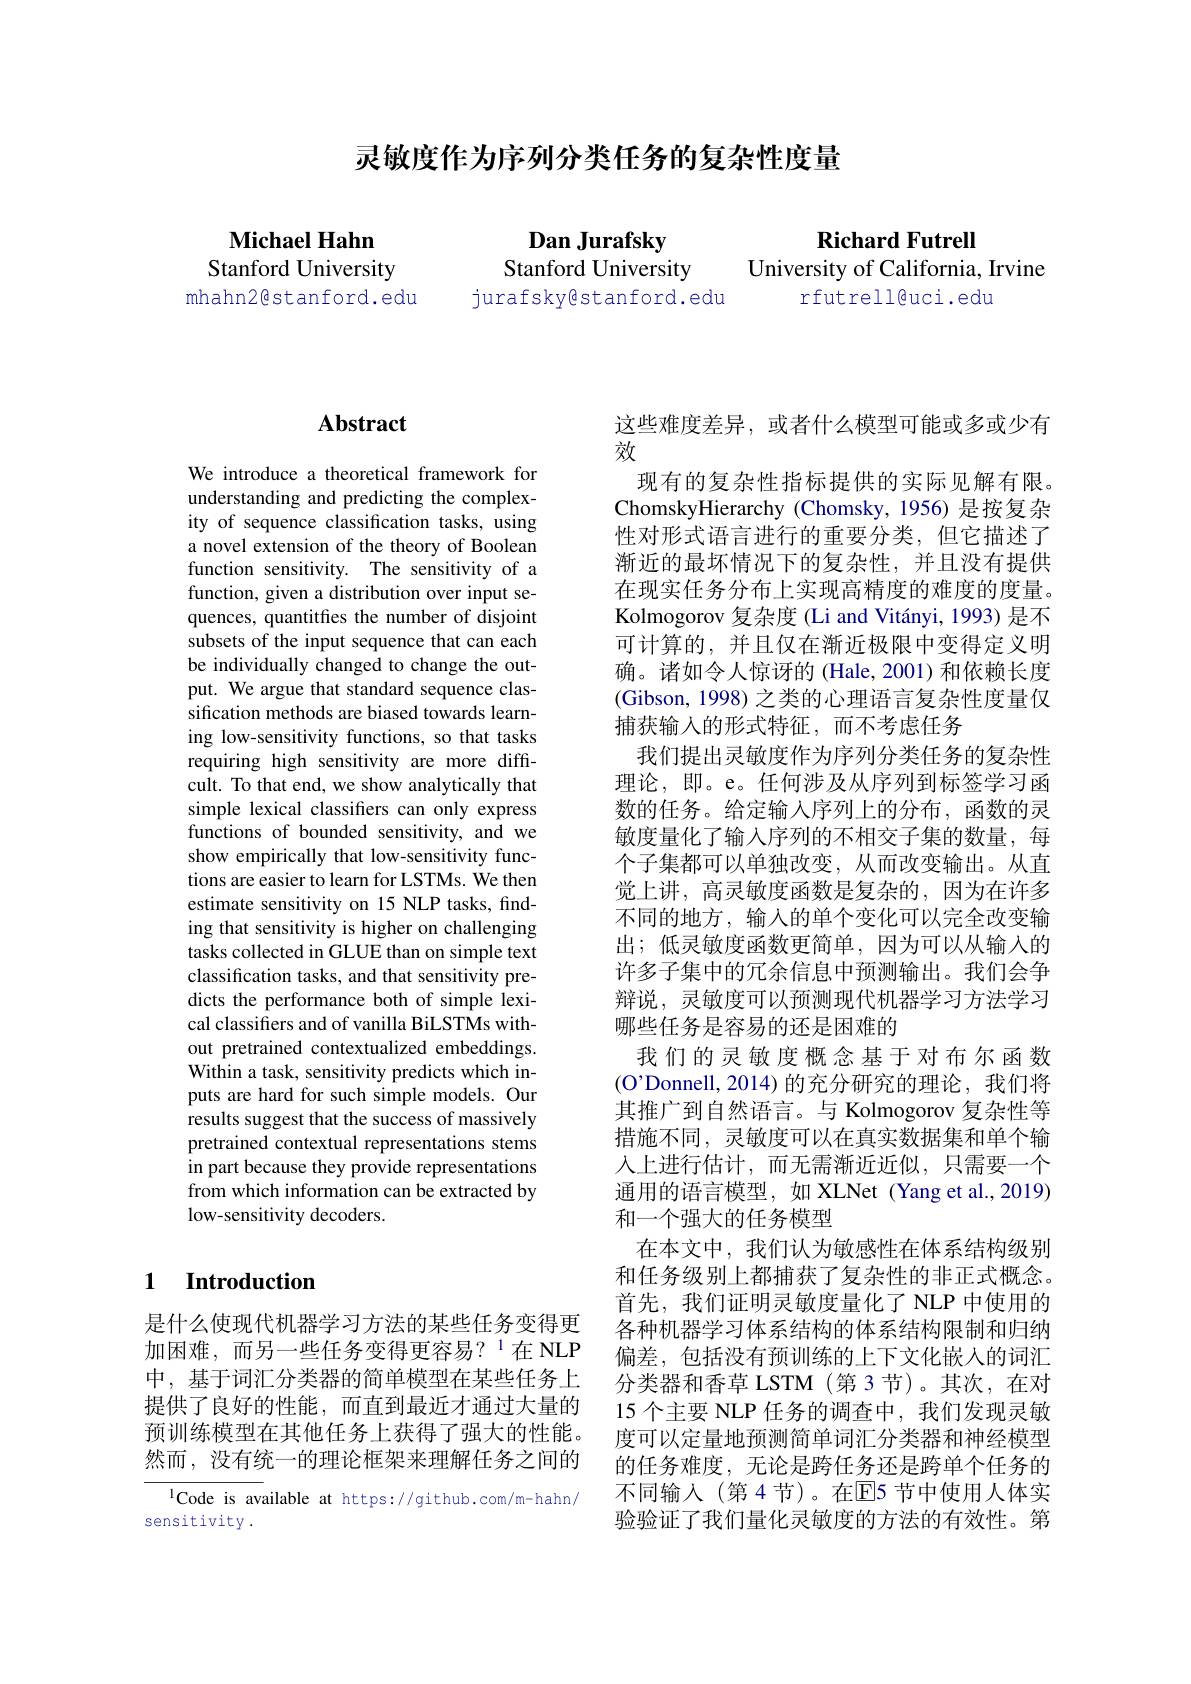
灵敏度作为序列分类任务的复杂性度量

Michael Hahn Stanford University
mhahn2@stanford.edu

Dan Jurafsky
Stanford University
jurafskyêstanford.edu

Richard Futrell

University of California, Irvine

rfutrell@uci.edu

### $\mathbf{Abstract}$

We introduce a theoretical framework for understanding and predicting the complexity of sequence classification tasks, using a novel extension of the theory of Boolean function sensitivity. The sensitivity of a function, given a distribution over input sequences, quantitfes the number of disjoint subsets of the input sequence that can each be individually changed to change the output. We argue that standard sequence classification methods are biased towards learning low-sensitivity functions, so that tasks requiring high sensitivity are more diffcult. To that end, we show analytically that simple lexical classifiers can only express functions of bounded sensitivity, and we show empirically that low-sensitivity functions are easier to learn for LSTMs. We then estimate sensitivity on 15 NLP tasks, finding that sensitivity is higher on challenging tasks collected in GLUE than on simple text classification tasks, and that sensitivity predicts the performance both of simple lexical classifiers and of vanilla BiLSTMs without pretrained contextualized embeddings. Within a task, sensitivity predicts which inputs are hard for such simple models. Our results suggest that the success of massively pretrained contextual representations stems in part because they provide representations from which information can be extracted by low-sensitivity decoders.

## 1 Introduction

是什么使现代机器学习方法的某些任务变得更加困难，而另一些任务变得更容易？$^{1}$在 NLP 中，基于词汇分类器的简单模型在某些任务上提供了良好的性能，而直到最近才通过大量的预训练模型在其他任务上获得了强大的性能。然而，没有统一的理论框架来理解任务之间的

$^{1}$Code is available at https://github.com/m-hahn/
sensitivity .

这些难度差异，或者什么模型可能或多或少有
效
现有的复杂性指标提供的实际见解有限。ChomskyHierarchy (Chomsky,1956) 是按复杂性对形式语言进行的重要分类，但它描述了渐近的最坏情况下的复杂性，并且没有提供在现实任务分布上实现高精度的难度的度量。Kolmogorov 复杂度 (Li and Vitányi, 1993) 是不可计算的，并且仅在渐近极限中变得定义明确。诸如令人惊讶的 (Hale,2001) 和依赖长度(Gibson, 1998) 之类的心理语言复杂性度量仅捕获输入的形式特征，而不考虑任务
我们提出灵敏度作为序列分类任务的复杂性理论，即。e。任何涉及从序列到标签学习函数的任务。给定输入序列上的分布，函数的灵敏度量化了输入序列的不相交子集的数量，每个子集都可以单独改变，从而改变输出。从直觉上讲，高灵敏度函数是复杂的，因为在许多不同的地方，输入的单个变化可以完全改变输出；低灵敏度函数更简单，因为可以从输入的许多子集中的冗余信息中预测输出。我们会争辩说，灵敏度可以预测现代机器学习方法学习哪些任务是容易的还是困难的
我们的灵敏度概念基于对布尔函数(O'Donnell,2014)的充分研究的理论，我们将其推广到自然语言。与 Kolmogorov 复杂性等措施不同，灵敏度可以在真实数据集和单个输人上进行估计，而无需渐近近似，只需要一个通用的语言模型，如 XLNet (Yang et al.,2019) 和一个强大的任务模型
在本文中，我们认为敏感性在体系结构级别和任务级别上都捕获了复杂性的非正式概念。首先，我们证明灵敏度量化了 NLP 中使用的各种机器学习体系结构的体系结构限制和归纳偏差，包括没有预训练的上下文化嵌入的词汇分类器和香草 LSTM (第 3节)。其次，在对15 个主要 NLP 任务的调查中，我们发现灵敏度可以定量地预测简单词汇分类器和神经模型的任务难度，无论是跨任务还是跨单个任务的不同输入(第4节)。在$\mathbb{E}$5 节中使用人体实验验证了我们量化灵敏度的方法的有效性。第